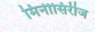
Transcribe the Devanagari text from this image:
मिनीसिरीज